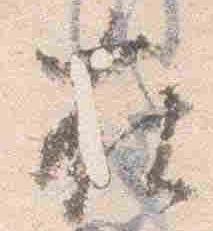
在